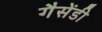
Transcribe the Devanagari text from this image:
गैसेंडी